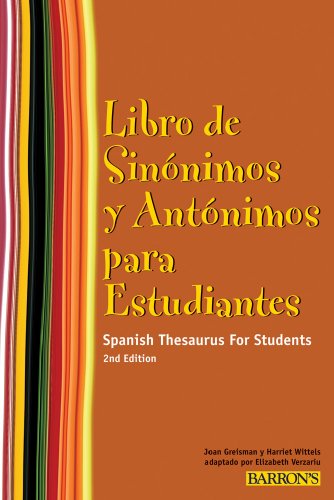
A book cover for Libro de Sinonimos y Antonimos Para Estudiantes: Spanish Thesaurus for Students (Spanish Edition); Joan Greisman; Reference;